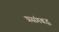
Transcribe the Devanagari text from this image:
प्रसंगबद्ध